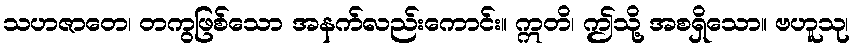
သဟဇာတေ၊ တကွဖြစ်သော အနက်လည်းကောင်း။ ဣတိ၊ ဤသို့ အစရှိသော။ ဗဟူသု၊